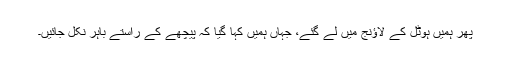
پھر ہمیں ہوٹل کے لاؤنج میں لے گئے، جہاں ہمیں کہا گیا کہ پیچھے کے راستے باہر نکل جائیں۔